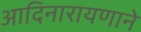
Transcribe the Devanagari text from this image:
आदिनारायणाने